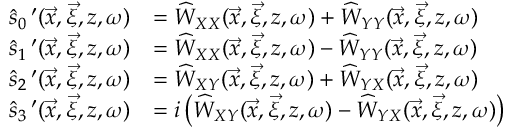
\begin{array} { r l } { \widehat { s } _ { 0 } \, ^ { \prime } ( \vec { x } , \vec { \xi } , z , \omega ) } & { = \widehat { W } _ { X X } ( \vec { x } , \vec { \xi } , z , \omega ) + \widehat { W } _ { Y Y } ( \vec { x } , \vec { \xi } , z , \omega ) } \\ { \widehat { s } _ { 1 } \, ^ { \prime } ( \vec { x } , \vec { \xi } , z , \omega ) } & { = \widehat { W } _ { X X } ( \vec { x } , \vec { \xi } , z , \omega ) - \widehat { W } _ { Y Y } ( \vec { x } , \vec { \xi } , z , \omega ) } \\ { \widehat { s } _ { 2 } \, ^ { \prime } ( \vec { x } , \vec { \xi } , z , \omega ) } & { = \widehat { W } _ { X Y } ( \vec { x } , \vec { \xi } , z , \omega ) + \widehat { W } _ { Y X } ( \vec { x } , \vec { \xi } , z , \omega ) } \\ { \widehat { s } _ { 3 } \, ^ { \prime } ( \vec { x } , \vec { \xi } , z , \omega ) } & { = i \left( \widehat { W } _ { X Y } ( \vec { x } , \vec { \xi } , z , \omega ) - \widehat { W } _ { Y X } ( \vec { x } , \vec { \xi } , z , \omega ) \right) } \end{array}